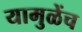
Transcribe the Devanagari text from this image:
यामुळेंच